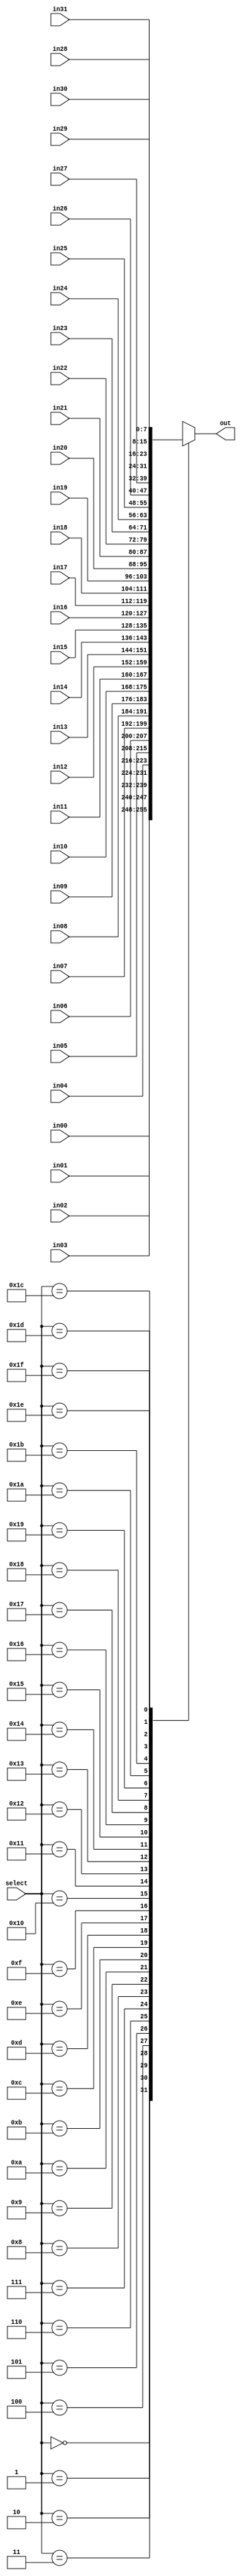
module mux (out, select, in00, in01, in02, in03, in04, in05, in06, in07, in08, in09, in10, in11, in12, in13, in14, in15, in16, in17, in18, in19, in20, in21, in22, in23, in24, in25, in26, in27, in28, in29, in30, in31);

    parameter n = 8;

    output reg [n-1:0] out;
    input [4:0] select;

    input [n-1:0] in00, in01, in02, in03, in04, in05, in06, in07, in08, in09, in10, in11, in12, in13, in14, in15, in16, in17, in18, in19, in20, in21, in22, in23, in24, in25, in26, in27, in28, in29, in30, in31;

    always @ (*) begin
        case (select)
            5'd00: out <= in00;
            5'd01: out <= in01;
            5'd02: out <= in02;
            5'd03: out <= in03;
            5'd04: out <= in04;
            5'd05: out <= in05;
            5'd06: out <= in06;
            5'd07: out <= in07;
            5'd08: out <= in08;
            5'd09: out <= in09;
            5'd10: out <= in10;
            5'd11: out <= in11;
            5'd12: out <= in12;
            5'd13: out <= in13;
            5'd14: out <= in14;
            5'd15: out <= in15;
            5'd16: out <= in16;
            5'd17: out <= in17;
            5'd18: out <= in18;
            5'd19: out <= in19;
            5'd20: out <= in20;
            5'd21: out <= in21;
            5'd22: out <= in22;
            5'd23: out <= in23;
            5'd24: out <= in24;
            5'd25: out <= in25;
            5'd26: out <= in26;
            5'd27: out <= in27;
            5'd28: out <= in28;
            5'd29: out <= in29;
            5'd30: out <= in30;
            5'd31: out <= in31;
        endcase
    end
endmodule